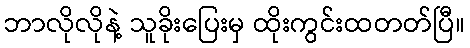
ဘာလိုလိုနဲ့ သူခိုးပြေးမှ ထိုးကွင်းထတတ်ပြီ။